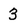
Character: 3